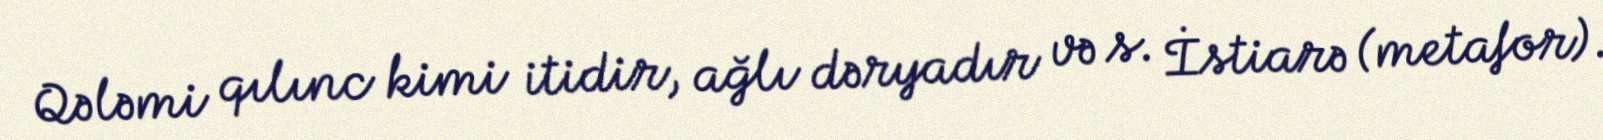
Qələmi qılınc kimi itidir, ağlı dəryadır və s. İstiarə (metafor).